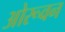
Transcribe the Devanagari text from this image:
ओरूवन